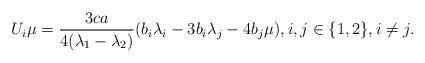
LaTeX: \begin{align*}U_i\mu=\frac{3ca}{4(\lambda_1-\lambda_2)}(b_i\lambda_i-3b_i\lambda_j-4b_j\mu),i,j\in\{1,2\},i\neq j.\end{align*}